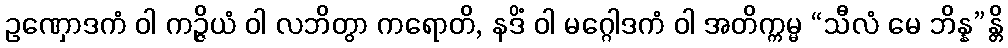
ဥဏှောဒကံ ဝါ ကဉ္ဇိယံ ဝါ လဘိတွာ ကရောတိ, နဒိံ ဝါ မဂ္ဂေါဒကံ ဝါ အတိက္ကမ္မ “သီလံ မေ ဘိန္န”န္တိ